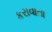
કરાવાતા